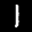
Label: 1